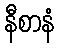
နီစာနံ